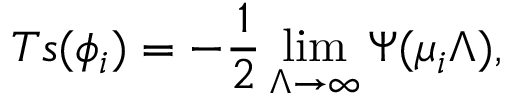
T s ( \phi _ { i } ) = - \frac { 1 } { 2 } \operatorname* { l i m } _ { \Lambda \to \infty } \Psi ( \mu _ { i } \Lambda ) ,